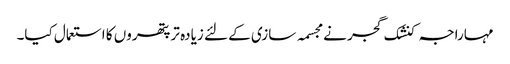
مہاراجہ کنشک گجر نے مجسمہ سازی کے لئے زیادہ تر پتھروں کا استعمال کیا۔